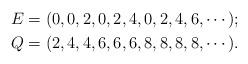
LaTeX: \begin{align*}E=(0,0,2,0,2,4,0,2,4,6,\cdots);\\Q=(2,4,4,6,6,6,8,8,8,8,\cdots).\end{align*}